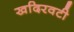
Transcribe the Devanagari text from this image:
खदिरवटी